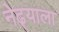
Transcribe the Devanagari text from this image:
नेढ्याला